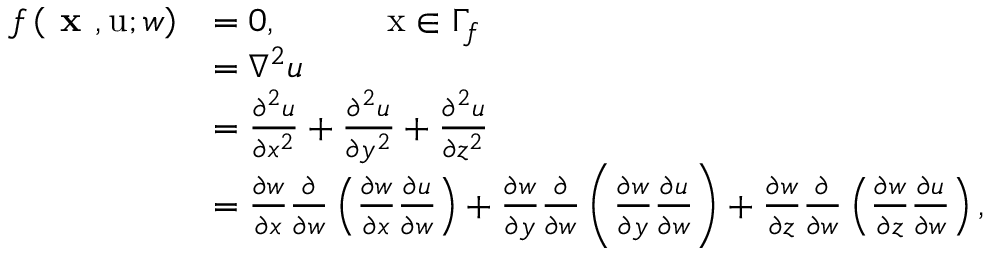
\begin{array} { r } { \begin{array} { r l } { f \left( \textbf { x } , \mathrm { u } ; w \right) } & { = 0 , \quad \quad \quad \mathrm { x } \in \Gamma _ { f } } \\ & { = \nabla ^ { 2 } u } \\ & { = \frac { \partial ^ { 2 } u } { \partial x ^ { 2 } } + \frac { \partial ^ { 2 } u } { \partial y ^ { 2 } } + \frac { \partial ^ { 2 } u } { \partial z ^ { 2 } } } \\ & { = \frac { \partial w } { \partial x } \frac { \partial } { \partial w } \left( \frac { \partial w } { \partial x } \frac { \partial u } { \partial w } \right) + \frac { \partial w } { \partial y } \frac { \partial } { \partial w } \left( \frac { \partial w } { \partial y } \frac { \partial u } { \partial w } \right) + \frac { \partial w } { \partial z } \frac { \partial } { \partial w } \left( \frac { \partial w } { \partial z } \frac { \partial u } { \partial w } \right) , } \end{array} } \end{array}